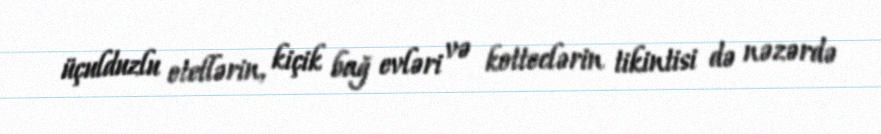
üçulduzlu otellərin, kiçik bağ evləri və kotteclərin tikintisi də nəzərdə